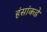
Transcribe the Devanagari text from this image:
हंसांकडे